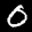
Label: 0